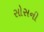
સોસની